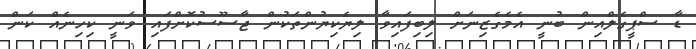
ޑާ ސްޕީގެލްއިން ބުނީ އެމެގެޒިނަށް ލިބިފައިވާ ލިޔެކިޔުންތަކުން ޖާސޫސުކޮށްފައި ވަނީ ކިހިނެއް ކަން